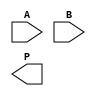
module WallaceTreeMultiplier #(parameter n = 4) (
    input  wire [n-1:0] A,  // Multiplicand
    input  wire [n-1:0] B,  // Multiplier
    output wire [2*n-1:0] P // Product
);

    // Generate partial products
    wire [n-1:0] pp [0:n-1]; // Partial products
    genvar i;
    generate
        for (i = 0; i < n; i = i + 1) begin : pp_gen
            assign pp[i] = A & {n{B[i]}}; // AND each bit of B with A
        end
    endgenerate

    // Structure for partial product reduction
    wire [2*n-1:0] sum [0:n*2-1]; // Sum lines for reduction
    wire [n*2-1:0] carry [0:n*2-1]; // Carry lines for reduction

    // Stage 1: Combine partial products using HA/FA
    generate
        for (i = 0; i < n; i = i + 1) begin : stage1
            if (i < n-1) begin
                assign {carry[i], sum[i]} = pp[i][0] + pp[i+1][0] + pp[i+2][0]; // 3 bits to 2 bits
                assign {carry[i+n], sum[i+n]} = pp[i][1] + pp[i+1][1] + pp[i+2][1];
            end
            else begin
                assign {carry[i], sum[i]} = pp[i][0] + pp[i+1][0];
                assign {carry[i+n], sum[i+n]} = pp[i][1] + pp[i+1][1];
            end
        end
    endgenerate

    // Stage 2: Combine using HAs and FAs
    generate
        for (i = 0; i < n; i = i + 1) begin : stage2
            if (i < n-1) begin
                assign {carry[i], sum[i]} = sum[i] + sum[i+1] + carry[i]; // Logic to handle carry
                assign {carry[i+n], sum[i+n]} = sum[i+n] + sum[i+n+1] + carry[i+n];
            end
            else begin 
                assign {carry[i], sum[i]} = sum[i]; // Last row is directly in sum
            end
        end
    endgenerate

    // Final addition: Last two rows of sum
    wire [2*n-1:0] final_sum;
    wire [2*n-1:0] final_carry;
    
    assign {final_carry, final_sum} = sum[0] + sum[1]; // Add the last two sums

    // Output the final product
    assign P = final_sum + final_carry;

endmodule